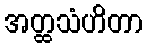
အတ္ထသံဟိတာ